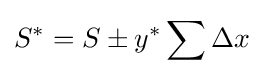
S^{*}=S\pm y^{*}\sum \Delta x